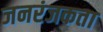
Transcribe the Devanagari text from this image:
जनरंजकता